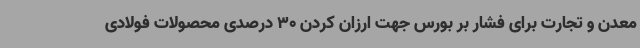
معدن و تجارت برای فشار بر بورس جهت ارزان کردن 30 درصدی محصولات فولادی